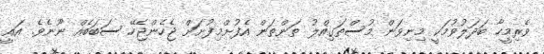
ވެރިމީހާ ބަދަލުވުމަކީ މިނިވަން މުސްތަގިއްލު ތަންތަން އެފުށްމިފުށަށް ޖެހެންޖެހޭ ސަބަބެއް ނޫނެވެ. އައީ